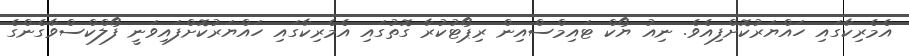
އެމެރިކާގައި ހައްޔަރުކޮށްފިއެވެ. ނިއު ޔޯކް ޓައިމްސްއިން ރިޕޯޓުކުރާ ގޮތުގައި އެމެރިކާގައި ހައްޔަރުކޮށްފައިވަނީ ފޯލްކްސްވާގެންގެ